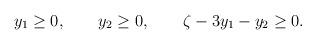
LaTeX: \begin{align*}y_1\geq 0,\qquad y_2\geq 0, \qquad\zeta-3y_1-y_2\geq 0.\end{align*}